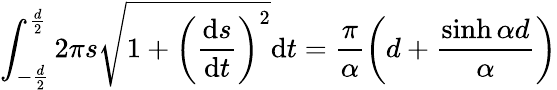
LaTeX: \int_{-\frac{d}{2}}^{\frac{d}{2}}2\pi s\sqrt{1+\left(\frac{\mathrm{d}s}{\mathrm{d}t}\right)^{2}}\mathrm{d}t=\frac{\pi}{\alpha}\left(d+\frac{\sinh\alpha d}{\alpha}\right)